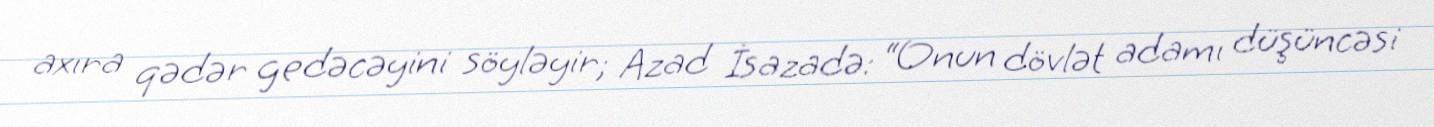
axıra qədər gedəcəyini söyləyir; Azad İsazadə: “Onun dövlət adamı düşüncəsi